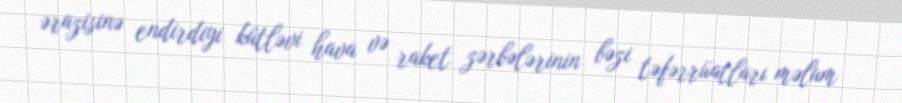
ərazisinə endirdiyi kütləvi hava və raket zərbələrinin bəzi təfərrüatları məlum